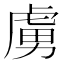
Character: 虜